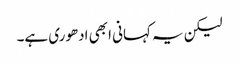
لیکن یہ کہانی ابھی ادھوری ہے۔